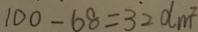
1 0 0 - 6 8 = 3 2 d m ^ { 2 }